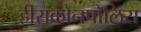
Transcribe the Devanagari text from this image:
हीराकोनपोलिस